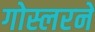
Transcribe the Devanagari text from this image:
गोस्लरने